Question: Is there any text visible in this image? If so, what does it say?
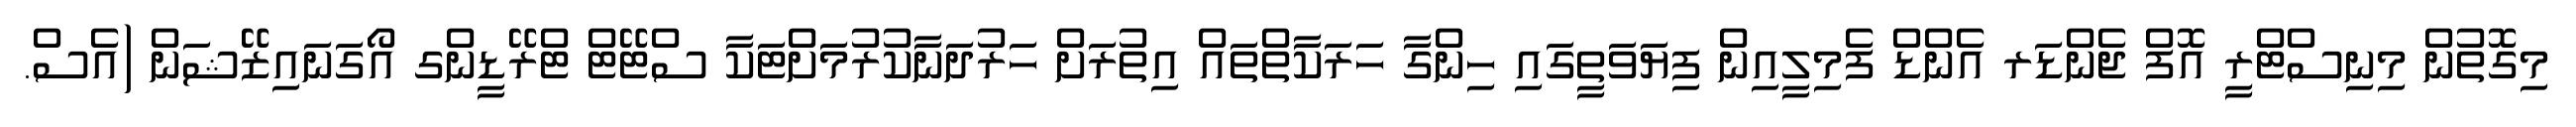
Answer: މިގޮތުން މިނިސްޓްރީ އޮފް ޖެންޑަރ އެންޑް ފެމިލީއިން ފިޔަވަތީގައި ހިންގާ ހަރަކާތްތައް އިތުރަށް ހަރުދަނާކުރުމަށްޓަކާ ސްޓޭޓް ޓްރޭޑީންގ އޯގަނައިޒޭޝަން (އެސް.